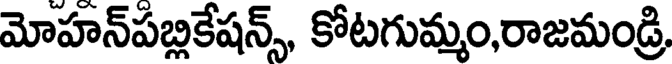
మోహన్పబ్లికేషన్స్, కోటగుమ్మం,రాజమండ్రి,